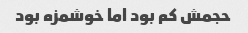
حجمش کم بود اما خوشمزه بود